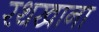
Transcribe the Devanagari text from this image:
रथखाना